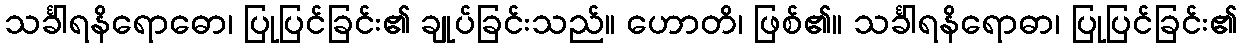
သင်္ခါရနိရောဓော၊ ပြုပြင်ခြင်း၏ ချုပ်ခြင်းသည်။ ဟောတိ၊ ဖြစ်၏။ သင်္ခါရနိရောဓာ၊ ပြုပြင်ခြင်း၏